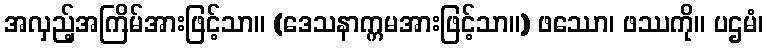
အလှည့်အကြိမ်အားဖြင့်သာ။ (ဒေသနာက္ကမအားဖြင့်သာ။) ဖဿော၊ ဖဿကို။ ပဌမံ၊